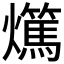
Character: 𤒘